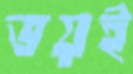
ভয়ই